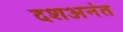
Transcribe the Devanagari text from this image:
दशअनंत